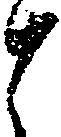
と